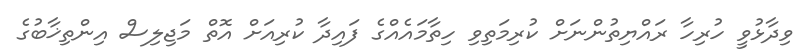
ވިދާޅުވީ ހުރިހާ ރައްޔިތުންނަށް ކުރިމަތިވި ހިތާމައެއްގެ ފައިދާ ކުރިއަށް އޮތް މަޖިލިސް އިންތިޚާބުގެ